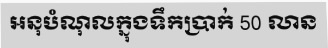
អនុបំណុលក្នុងទឹកប្រាក់ 50 លាន